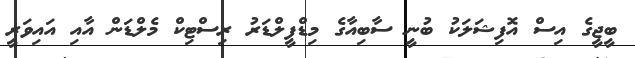
ބީޖީގެ އިސް އޮފިޝަލަކު ބުނީ ސާބިއާގެ މިޑްފީލްޑަރު ރިސްޓިކް މެލްޑަން އާއި އައިވަރީ